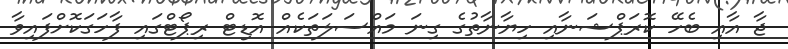
ޖާ އާއި ބެހޭ ކޮރަޕްޝަނާއި ހިޔާނާތުގެ ގިނަ މައްސަލަތަކެއް އޮޑިޓް ރިޕޯޓްގައި ފާހަގަކޮށްފައިވާ